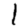
Digit: 1